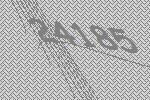
24185